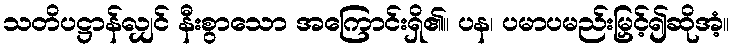
သတိပဋ္ဌာန်လျှင် နီးစွာသော အကြောင်းရှိ၏။ ပန၊ ပမာပမည်းမြှင့်၍ဆိုအံ့။